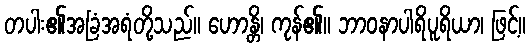
တပါး၏အခြံအရံတို့သည်။ ဟောန္တိ၊ ကုန်၏။ ဘာဝနာပါရိပူရိယာ၊ ဖြင့်။